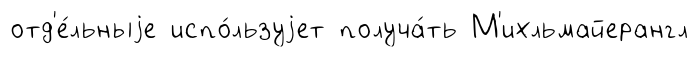
отд'е́льныjе испо́льзуjет получа́ть М'ихльмайерангл